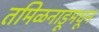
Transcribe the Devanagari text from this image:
तमिळनाडूमधून